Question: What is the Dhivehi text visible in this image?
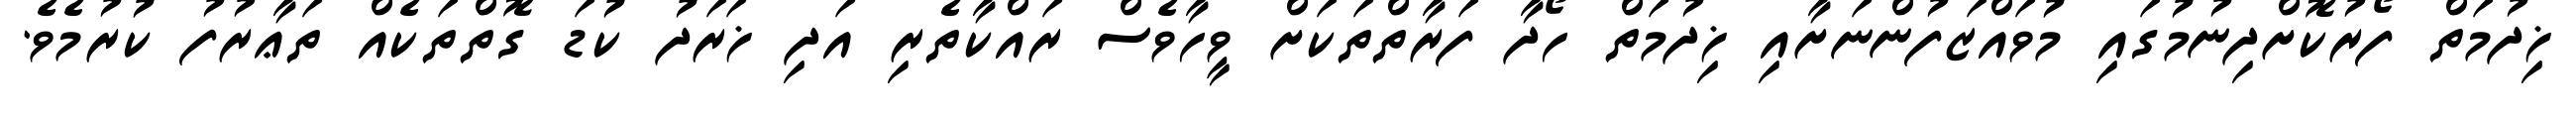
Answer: ޚިދުމަތް ފޯރުކޮށްދިނުމުގައި މުވައްޒަފުންނަށާއި ޚިދުމަތް ހޯދާ ފަރާތްތަކަށް ވީހާވެސް ރައްކާތެރި އަދި ޚަރަދު ކުޑަ ގޮތްތަކެއް ތަޢާރުފު ކުރުމެވެ.